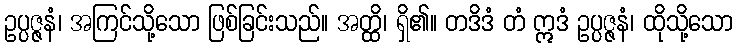
ဥပ္ပဇ္ဇနံ၊ အကြင်သို့သော ဖြစ်ခြင်းသည်။ အတ္ထိ၊ ရှိ၏။ တဒိဒံ တံ ဣဒံ ဥပ္ပဇ္ဇနံ၊ ထိုသို့သော